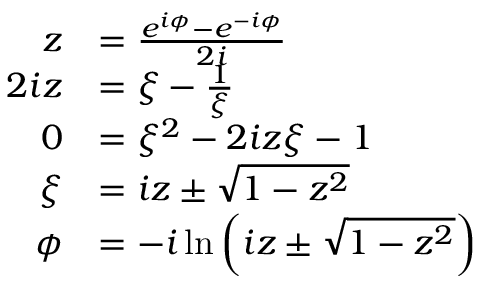
{ \begin{array} { r l } { z } & { = { \frac { e ^ { i \phi } - e ^ { - i \phi } } { 2 i } } } \\ { 2 i z } & { = \xi - { \frac { 1 } { \xi } } } \\ { 0 } & { = \xi ^ { 2 } - 2 i z \xi - 1 } \\ { \xi } & { = i z \pm { \sqrt { 1 - z ^ { 2 } } } } \\ { \phi } & { = - i \ln \left( i z \pm { \sqrt { 1 - z ^ { 2 } } } \right) } \end{array} }